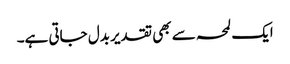
ایک لمحہ سے بھی تقدیر بدل جاتی ہے۔